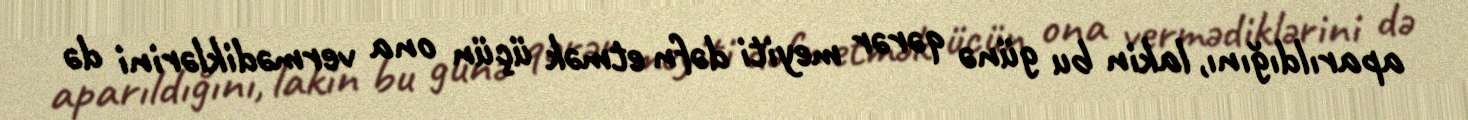
aparıldığını, lakin bu günə qərər meyiti dəfn etmək üçün ona vermədiklərini də